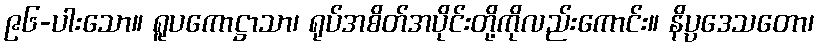
၉၆-ပါးသော။ ရူပကောဋ္ဌာသာ၊ ရုပ်အစိတ်အပိုင်းတို့ကိုလည်းကောင်း။ နိပ္ပဒေသတော၊